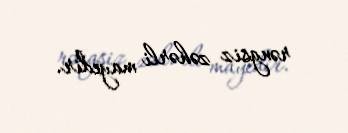
rəngsiz zəhərli mayedir.